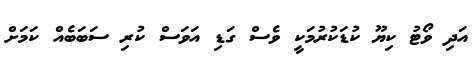
އަދި ވޯޓު ކިޔޫ ކުޑަކުރުމަކީ ވެސް ގަޑި އަވަސް ކުރި ސަބަބެއް ކަމަށް